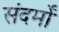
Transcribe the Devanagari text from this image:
संदर्मों